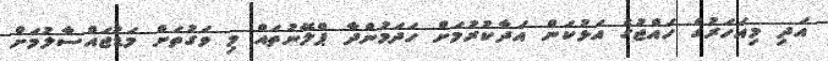
އަދި މިއަހަރުގެ ހައްޖުގެ އަޅުކަން އަދާކުރުމަށް ހަދަމުންދާ ޕްލޭނުތައް މި ވަގުތަށް މަޑުޖައްސާލުމަށް